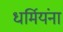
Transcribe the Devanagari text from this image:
धर्मियंना